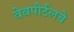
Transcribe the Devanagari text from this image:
वेबपोर्टलचे